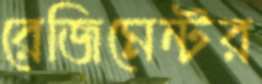
রেজিমেন্টর